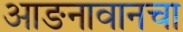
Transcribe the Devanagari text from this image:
आङनावानचा